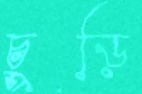
চুড়ি